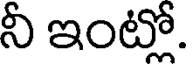
నీ ఇంట్లో.